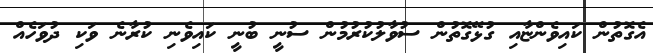
އެގޮތުން ކައިވެންޏާއި ގުޅޭގޮތުން ސުވާލުކުރުމުން ސުނީ ބުނީ ކައިވެނި ކުރާނެ ވަކި ދުވަހެއް